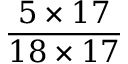
\frac { 5 \times 1 7 } { 1 8 \times 1 7 }